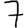
Digit: 7